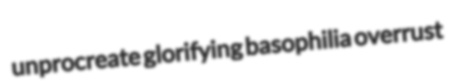
unprocreate glorifying basophilia overrust